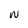
Character: W